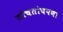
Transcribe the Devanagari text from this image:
तोचतोचपणा